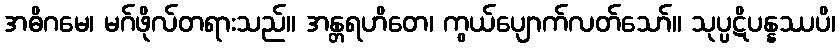
အဓိဂမေ၊ မဂ်ဖိုလ်တရားသည်။ အန္တရဟိတေ၊ ကွယ်ပျောက်လတ်သော်။ သုပ္ပဋိပန္နဿပိ၊